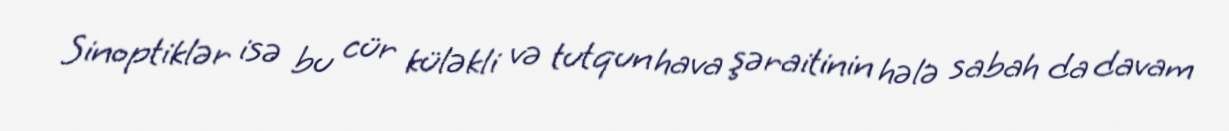
Sinoptiklər isə bu cür küləkli və tutqun hava şəraitinin hələ sabah da davam